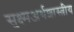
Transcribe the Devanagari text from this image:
सुक्ष्मअर्थशास्त्रीय